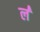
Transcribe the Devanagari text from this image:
ल॑